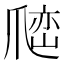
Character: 𰠅